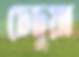
চেচুয়া